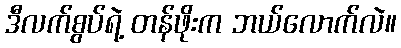
ဒီလက်စွပ်ရဲ့ တန်ဖိုးက ဘယ်လောက်လဲ။